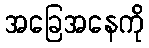
အခြေအနေကို